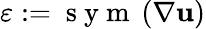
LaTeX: \varepsilon:=\mathrm{~s~y~m~}\left(\nabla\textbf{u}\right)